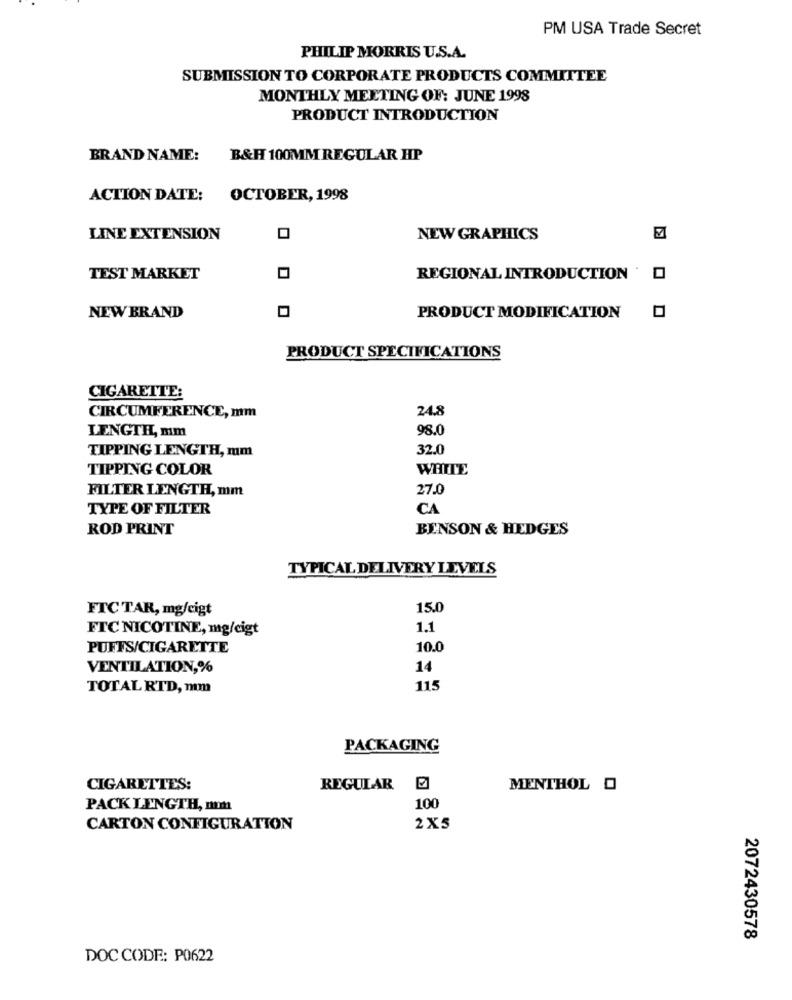
PM USA Trade Secret
PHILIP MORRIS U.S.A.
SUBMISSION TO CORPORATE PRODUCTS COMMITTEE
MONTHLY MEETING OF: JUNE 1998
PRODUCT INTRODUCTION
BRAND NAME:
B&H 100MM REGULAR HP
ACTION DATE:
OCTOBER, 1998
LINE EXTENSION
NEW GRAPHICS
TEST MARKET
REGIONAL INTRODUCTION
NEW BRAND
PRODUCT MODIFICATION
PRODUCT SPECIFICATIONS
CIGARETTE:
24.8
CIRCUMFERENCE, mm
LENGTH, mm
98.0
TIPPING LENGTH, mm
32.0
TIPPING COLOR
WHITE
FILTER LENGTH, mm
27.0
TYPE OF FILTER
CA
ROD PRINT
BENSON & HEDGES
TYPICAL DELIVERY LEVELS
FTCTAR, mg/cigt
15.0
FTC NICOTINE, mg/cigt
1.1
PUFFS/CIGARETTE
10.0
VENTILATION,%
14
TOTALRTD, mm
115
PACKAGING
CIGARETTES:
REGULAR
MENTHOL O
PACK LENGTH, non
100
CARTON CONFIGURATION
2X5
2072430578
DOC CODE: P0622